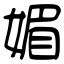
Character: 媚